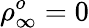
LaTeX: \rho_{\infty}^{o}=0